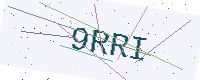
Text: 9RRI